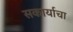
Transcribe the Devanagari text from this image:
सकार्याचा